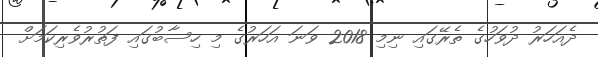
ދެއަހަރު ދުވަހުގެ ތެރޭގައި ނިމި 2018 ވަނަ އަހަރުގެ މި ހިސާބުގައި ފަތުރުވެރިކަމަށް